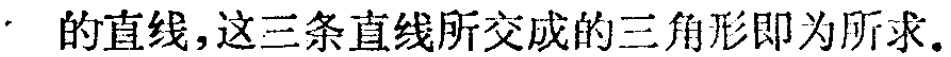
的直线,这三条直线所交成的三角形即为所求.